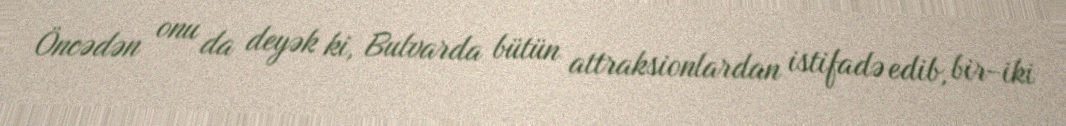
Öncədən onu da deyək ki, Bulvarda bütün attraksionlardan istifadə edib, bir-iki